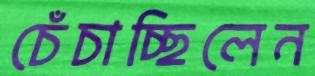
চেঁচাচ্ছিলেন